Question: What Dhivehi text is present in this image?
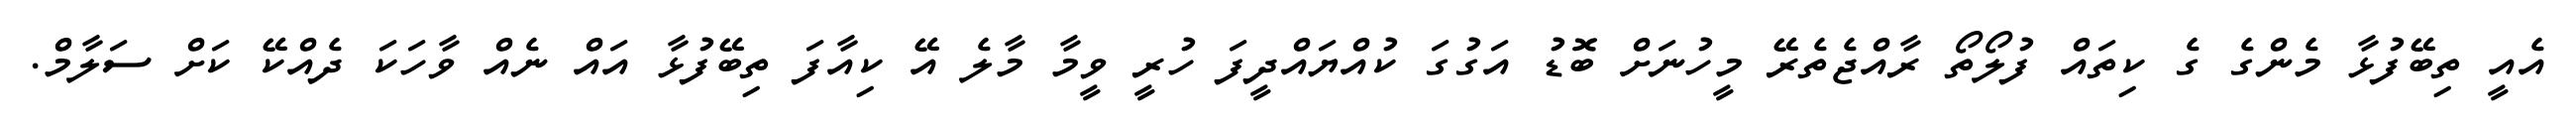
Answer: އެއީ ތިބޭފުޅާ މެންގެ ގެ ކިތައް ފުލޯތޯ ރާއްޖެތެރޭ މީހުނަށް ބޮޑު އަގުގަ ކުއްޔައްދީފަ ހުރީ ވީމާ މާލެ އޭ ކިއާފަ ތިބޭފުޅާ އައް ނެއް ވާހަކަ ދެއްކޭ ކަށް ސަލާމް.